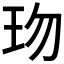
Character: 𤤅